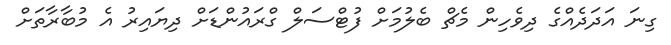
ގިނަ އަދަދެއްގެ ދިވެހިން މެޗް ބެލުމަށް ފުޓްސަލް ގްރައުންޑަށް ދިޔައިރު އެ މުބާރާތަށް